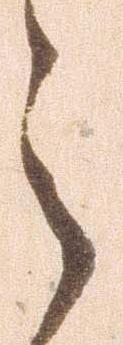
之